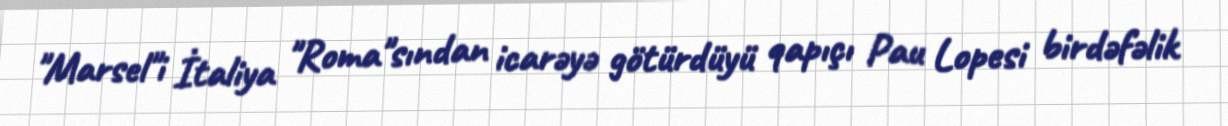
"Marsel"i İtaliya "Roma"sından icarəyə götürdüyü qapıçı Pau Lopesi birdəfəlik